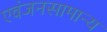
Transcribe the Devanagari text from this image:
एवंजनसामान्य